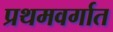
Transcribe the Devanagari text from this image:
प्रथमवर्गात